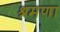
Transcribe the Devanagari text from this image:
श्रमणा